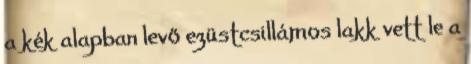
a kék alapban levő ezüstcsillámos lakk vett le a